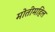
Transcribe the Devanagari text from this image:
मोतीमहिल